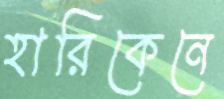
হারিকেনে